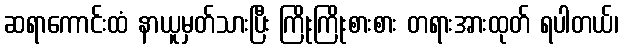
ဆရာကောင်းထံ နာယူမှတ်သားပြီး ကြိုးကြိုးစားစား တရားအားထုတ် ရပါတယ်၊